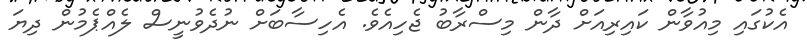
އެކުގައި މިއުވާން ކައިރިއަށް ދާން މިސްރާބު ޖެހިއެވެ. އެހިސާބަށް ނުދެވުނީސް ލެއްޕެމުން ދިޔަ